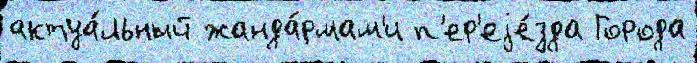
актуа́льный жанда́рмам'и п'ер'еjе́зда Города